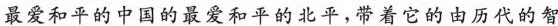
\underline{最爱和平的中国的最爱和平的北平，带着它的由历代的智}